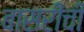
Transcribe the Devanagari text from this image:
बासरीची